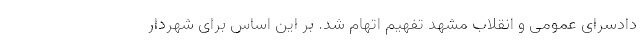
دادسرای عمومی و انقلاب مشهد تفهیم اتهام شد. بر این اساس برای شهردار